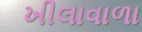
ખીલાવાળા